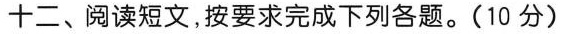
十二、阅读短文,按要求完成下列各题.(10 分)